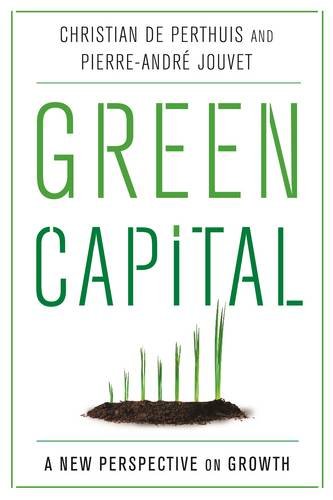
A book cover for Green Capital: A New Perspective on Growth; Christian de Perthuis; Business & Money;